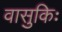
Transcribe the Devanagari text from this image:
वासुकिः